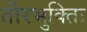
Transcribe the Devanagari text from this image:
तीरभुक्‍तिः